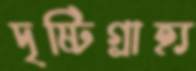
দৃষ্টিগ্রাহ্য